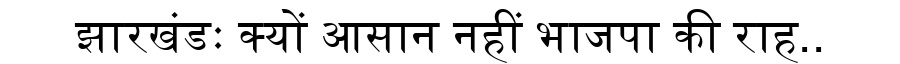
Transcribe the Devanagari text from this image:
झारखंडः क्यों आसान नहीं भाजपा की राह..